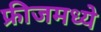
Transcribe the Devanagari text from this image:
फ्रीजमध्ये